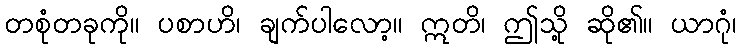
တစုံတခုကို။ ပစာဟိ၊ ချက်ပါလော့။ ဣတိ၊ ဤသို့ ဆို၏။ ယာဂုံ၊